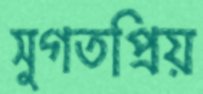
সুগতপ্রিয়